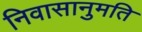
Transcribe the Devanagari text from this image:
निवासानुमति